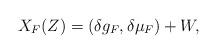
LaTeX: \begin{align*}X_F(Z)=(\delta g_F,\delta \mu_F)+W,\end{align*}